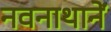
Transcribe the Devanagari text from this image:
नवनाथानें